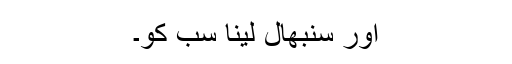
اور سنبھال لینا سب کو۔